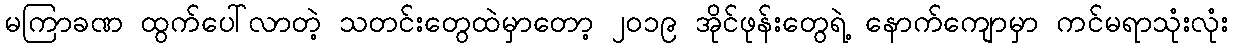
မကြာခဏ ထွက်ပေါ်လာတဲ့ သတင်းတွေထဲမှာတော့ ၂၀၁၉ အိုင်ဖုန်းတွေရဲ့ နောက်ကျောမှာ ကင်မရာသုံးလုံး